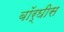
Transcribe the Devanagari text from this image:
बॉर्घीस